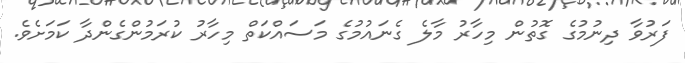
ފަރުވާ ދިނުމުގެ ގޮތުން މިހާރު މާލެ ގެނައުމުގެ މަސައްކަތް މިހާރު ކުރަމުންގެންދާ ކަމަށެވެ.